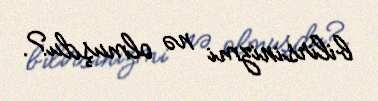
bilirsinizmi nə olmuşdu?.